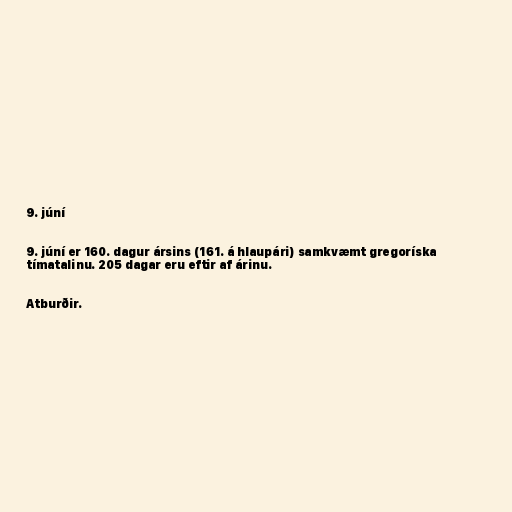
9. júní

9. júní er 160. dagur ársins (161. á hlaupári) samkvæmt gregoríska
tímatalinu. 205 dagar eru eftir af árinu.

Atburðir.